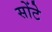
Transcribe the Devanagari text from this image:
सोंटे